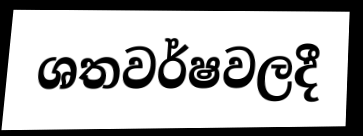
ශතවර්ෂවලදී